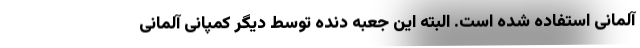
آلمانی استفاده شده است. البته این جعبه دنده توسط دیگر کمپانی آلمانی